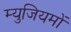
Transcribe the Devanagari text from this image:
म्युजियमों